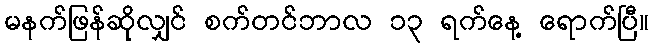
မနက်ဖြန်ဆိုလျှင် စက်တင်ဘာလ ၁၃ ရက်နေ့ ရောက်ပြီ။